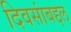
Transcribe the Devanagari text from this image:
दिवसांबद्दल